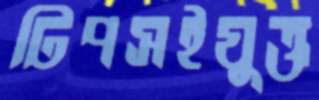
টিপসইযুক্ত